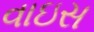
વાઇસ